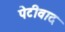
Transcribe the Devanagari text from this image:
पेटीवाद